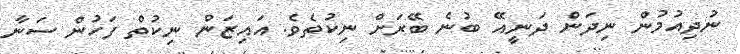
ނުދިއުމުން ނިދަން ދަނީއޭ ބުނެ ބޭރަށް ނިކުތެވެ. އައިޒަން ނިކުތް ފަހުން ސަނާ